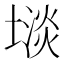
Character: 𫮡